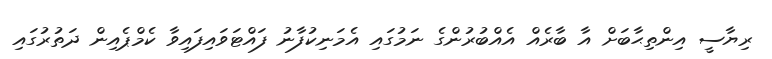
ރިޔާސީ އިންތިޙާބަށް އާ ބާރެއް އެއްބުރުންގެ ނަމުގައި އެމަނިކުފާނު ފައްޓަވައިފައިވާ ކެމްޕެއިން ދަތުރުގައި